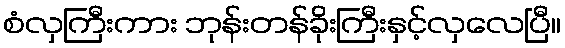
စံလှကြီးကား ဘုန်းတန်ခိုးကြီးနှင့်လှလေပြီ။